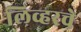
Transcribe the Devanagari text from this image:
लिव्हरचे